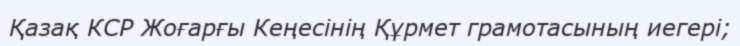
Қазақ КСР Жоғарғы Кеңесінің Құрмет грамотасының иегері;